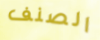
الصنف